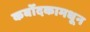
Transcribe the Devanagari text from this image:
कर्बोदकामधून